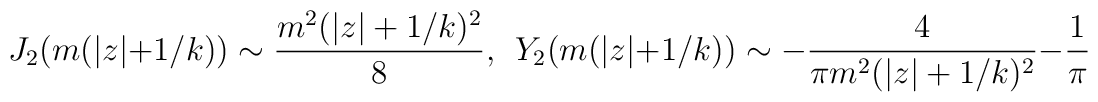
J_2(m (|z| +1/k)) \sim {m^2 (|z| + 1/k)^2 \over 8}, \ \ Y_2(m (|z| +1/k)) \sim - {4 \over  \pi m^2 (|z| + 1/k)^2} - {1 \over \pi}